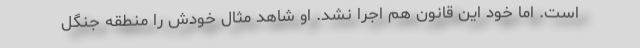
است. اما خود این قانون هم اجرا نشد. او شاهد مثال خودش را منطقه جنگل